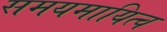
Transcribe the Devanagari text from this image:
समयमायित्व